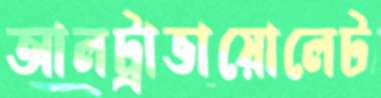
আলট্রাভায়োলেট